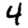
Digit: 4